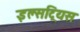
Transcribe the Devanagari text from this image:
इल्सट्रियस